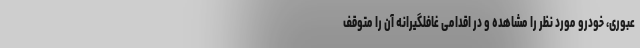
عبوری، خودرو مورد نظر را مشاهده و در اقدامی غافلگیرانه آن را متوقف